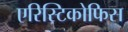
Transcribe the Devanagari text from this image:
एरिस्टिकोफिस